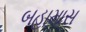
બહામાસ